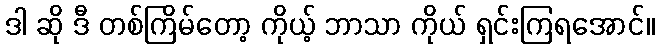
ဒါ ဆို ဒီ တစ်ကြိမ်တော့ ကိုယ့် ဘာသာ ကိုယ် ရှင်းကြရအောင်။